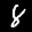
Label: 8